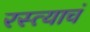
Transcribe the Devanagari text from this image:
रस्त्याचं